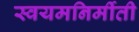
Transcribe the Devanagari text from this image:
स्वयमनिर्मीती